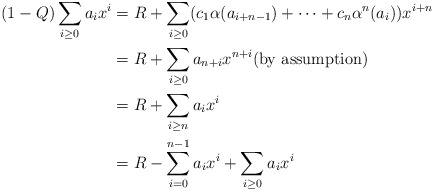
\begin{align*} (1-Q)\sum_{i \geq0}a_i x^i &= R + \sum_{i \geq0}(c_1\alpha(a_{i+n-1}) + \dots + c_n\alpha^n(a_i))x^{i+n} \\&= R + \sum_{i \geq0}a_{n+i}x^{n+i} \textrm{(by assumption)}\\&= R + \sum_{i \geq n}a_ix^i \\&= R - \sum_{i=0}^{n-1}a_ix^i + \sum_{ i\geq0}a_ix^i\end{align*}